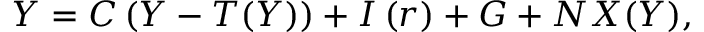
Y = C \left( { Y } - { T ( Y ) } \right) + I \left( { r } \right) + G + N X ( Y ) ,